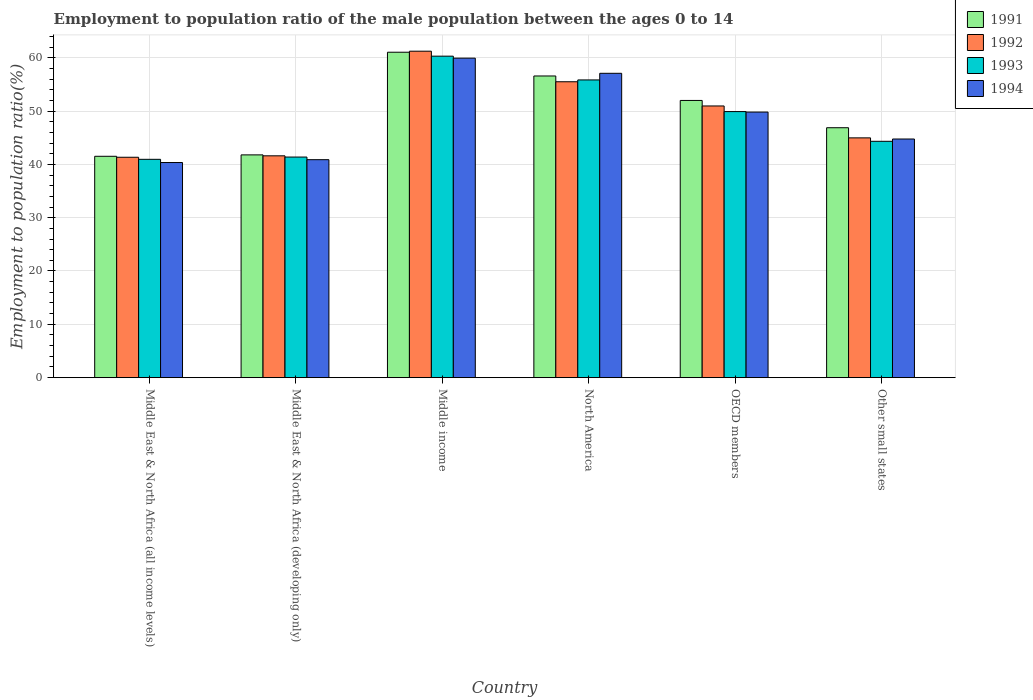
| Country | 1991 | 1992 | 1993 | 1994 |
 | --- | --- | --- | --- | --- |
 | Middle East & North Africa (all income levels) | 41.5 | 41.3 | 40.9 | 40.3 |
 | Middle East & North Africa (developing only) | 41.8 | 41.6 | 41.4 | 40.9 |
 | Middle income | 61 | 61.2 | 60.3 | 59.9 |
 | North America | 56.6 | 55.5 | 55.8 | 57.1 |
 | OECD members | 52 | 50.9 | 49.9 | 49.8 |
 | Other small states | 46.9 | 45 | 44.3 | 44.7 |